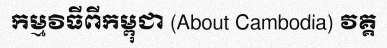
កម្មវិធីពីកម្ពុជា (About Cambodia) វគ្គ